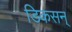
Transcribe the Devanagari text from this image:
डिकसन्